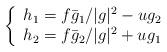
LaTeX: \begin{align*} \left\{ \begin{array}{ll} h_1 = f\bar{g}_1/|g|^2-u g_2 &\\ h_2 = f\bar{g}_2/|g|^2+u g_1 & \end{array} \right. \end{align*}